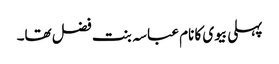
پہلی بیوی کا نام عباسہ بنت فضل تھا۔